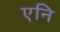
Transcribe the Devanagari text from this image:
एनि